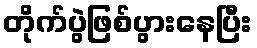
တိုက်ပွဲဖြစ်ပွားနေပြီး